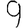
Digit: 9